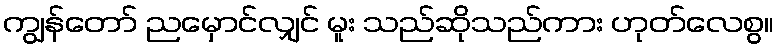
ကျွန်တော် ညမှောင်လျှင် မူး သည်ဆိုသည်ကား ဟုတ်လေစွ။